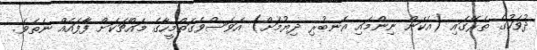
ދުވަހުގެ ތެރޭގައި (އެކަން ނިންމައި އެނބުރި ދިޔުމަށް) އަވަސްވެގަތްމީހާގެ މައްޗަކަށް ފާފައެއް ނެތެވެ.